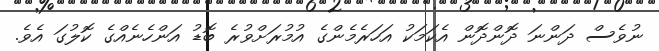
ނުވެސް ދަންނަ ދޮންދޮން އެކަމަކު އަހަރެމެންގެ އުމުރަށްވުރެ ބޮޑު އަންހެނެއްގެ ކޮލުގަ އެވެ.